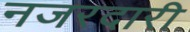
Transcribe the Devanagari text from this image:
नजरदारी